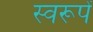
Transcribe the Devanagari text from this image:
स्वरूपें